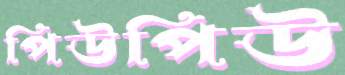
পিউপিউ